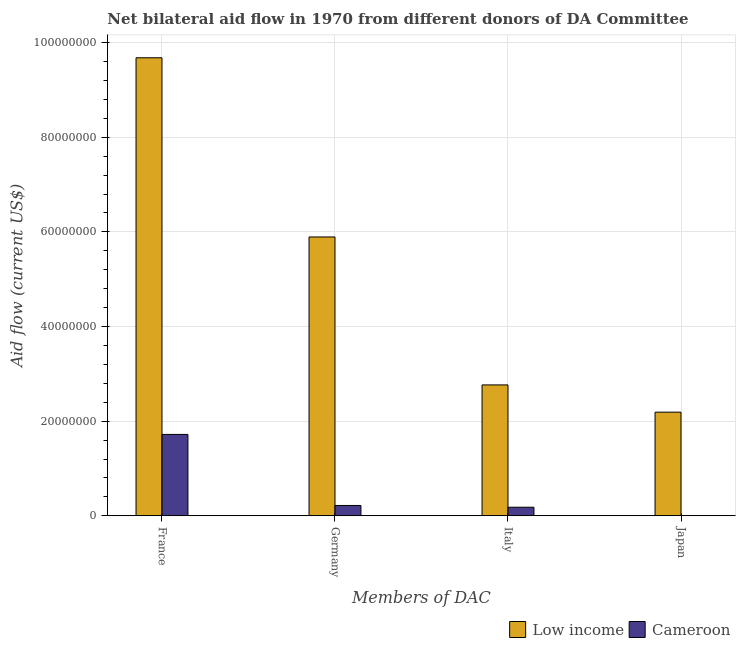
| Members of DAC | Low income | Cameroon |
 | --- | --- | --- |
 | France | 9.68e+07 | 1.72e+07 |
 | Germany | 5.89e+07 | 2.18e+06 |
 | Italy | 2.77e+07 | 1.81e+06 |
 | Japan | 2.19e+07 | 1e+04 |